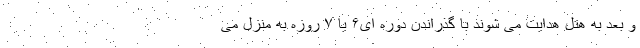
و بعد به هتل هدایت می شوند با گذراندن دوره ای۶ یا ۷ روزه به منزل می